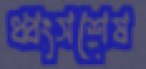
ধ্বংসশেষ